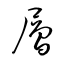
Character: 層